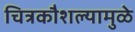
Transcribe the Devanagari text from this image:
चित्रकौशल्यामुळे